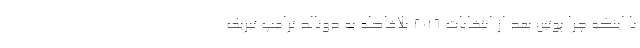
با اینکه چرا پوتین بعد از انتخابات ۲۰۱۶ بلافاصله به دونالد ترامپ تبریک